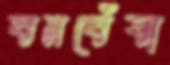
বনঘেঁষা